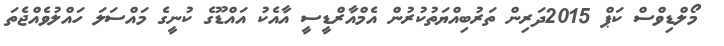
މޯލްޑިވްސް ކަޕް 2015ދަރިން ތަރުބިއްޔަތުކުރުން އެމްއާރްޑީސީ އާއެކު އައްޑޫގެ ކުނީގެ މައްސަލަ ހައްލުވެއްޖެތަ